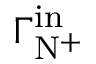
\Gamma _ { \mathrm { N ^ { + } } } ^ { \mathrm { i n } }